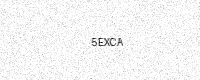
Text: 5EXCA